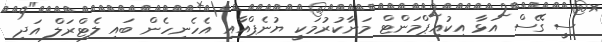
ސީ ގޭސް އަޅާ އިކުއިޕްމަންޓް މަނާކުރުމަކީ ޔުނެޕްއާއި އެހެނިހެން ބައި ލެޓްރަލް އަދި